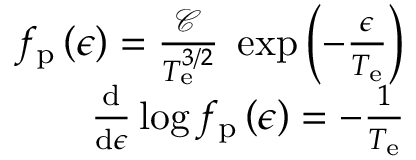
\begin{array} { r } { f _ { \mathrm { p } } \left( \epsilon \right) = \frac { \mathcal { C } } { T _ { \mathrm { e } } ^ { 3 / 2 } } \; \exp \left( - \frac { \epsilon } { T _ { \mathrm { e } } } \right) } \\ { \frac { \mathrm { d } } { \mathrm { d } \epsilon } \log f _ { \mathrm { p } } \left( \epsilon \right) = - \frac { 1 } { T _ { \mathrm { e } } } } \end{array}